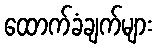
ထောက်ခံချက်များ